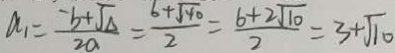
a _ { 1 } = \frac { - b + \sqrt { \Delta } } { 2 a } = \frac { 6 + \sqrt { 4 0 } } { 2 } = \frac { 6 + 2 \sqrt { 1 0 } } { 2 } = 3 + \sqrt { 1 0 }